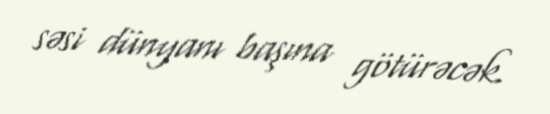
səsi dünyanı başına götürəcək.